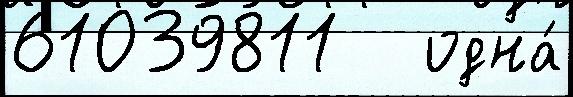
61039811   одна́